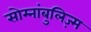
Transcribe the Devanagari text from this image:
सोम्नांबुलिज़्म